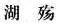
湖殇